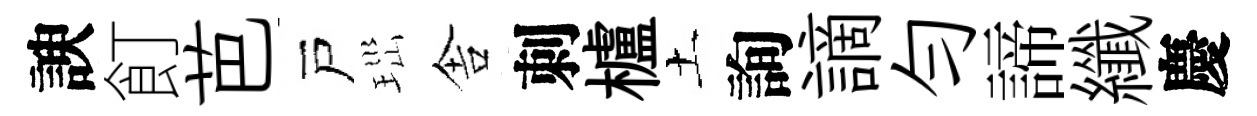
諛飣芭戸𤤼舎刺櫨土詢謫匀諦纖慶